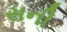
સની